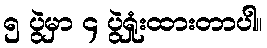
၅ ပွဲမှာ ၄ ပွဲရှုံးထားတာပါ။